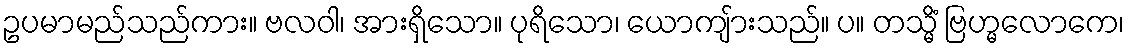
ဥပမာမည်သည်ကား။ ဗလဝါ၊ အားရှိသော။ ပုရိသော၊ ယောကျ်ားသည်။ ပ။ တသ္မိံ ဗြဟ္မလောကေ၊